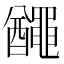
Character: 𪓰